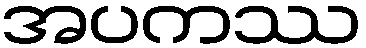
အပကဿ